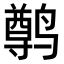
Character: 𫜄